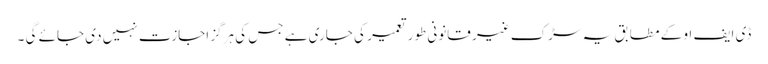
ڈی ایف او کے مطابق یہ سڑک غیر قانونی طور تعمیر کی جاری ہے جس کی ہرگز اجازت نہیں دی جائے گی ۔